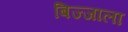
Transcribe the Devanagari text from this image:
बिज्जाला